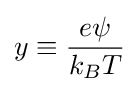
y\equiv {\frac {e\psi }{k_{B}T}}